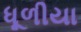
ધૂળીયા